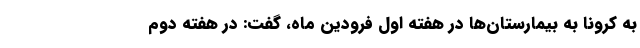
به کرونا به بیمارستان‌ها در هفته اول فرودین ماه، گفت: در هفته دوم